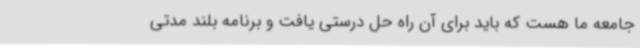
جامعه ما هست که باید برای آن راه حل درستی یافت و برنامه بلند مدتی